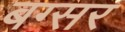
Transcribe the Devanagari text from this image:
बग्सर